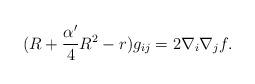
LaTeX: \begin{align*}(R+\frac{\alpha'}{4}R^2-r)g_{ij}=2\nabla_i\nabla_j f.\end{align*}